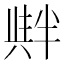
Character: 𠦺